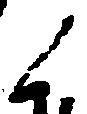
ノ